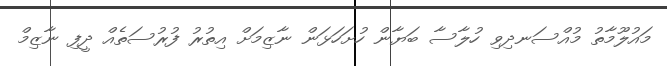
މައުލޫމާތު މުއްސަނދިވި ހުލާސާ ބަޔާން ހުށަހަޅަން ނާޒިމަށް އިތުރު ފުރުސަތެއް ދީފި ނާޒިމް